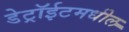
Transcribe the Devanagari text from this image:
डेट्रॉईटमधील